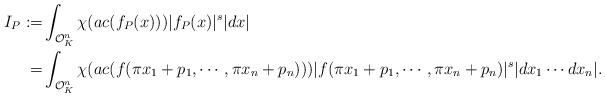
LaTeX: \begin{align*}I_P:=&\int_{\mathcal{O}_K^n} \chi(ac(f_P(x)))|f_P(x)|^s|dx|\\=&\int_{\mathcal{O}_K^n} \chi(ac(f(\pi x_1+p_1,\cdots, \pi x_n+p_n)))|f(\pi x_1+p_1,\cdots, \pi x_n+p_n)|^s|dx_1\cdots dx_n|.\end{align*}